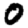
Digit: 0